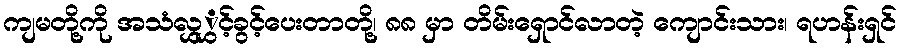
ကျမတို့ကို အသံလွှွှင့်ခွင့်ပေးတာတို့၊ ၈၈ မှာ တိမ်းရှောင်လာတဲ့ ကျောင်းသား၊ ရဟန်းရှင်